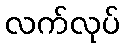
လက်လုပ်